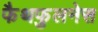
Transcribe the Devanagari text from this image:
फैथफुलनेस